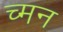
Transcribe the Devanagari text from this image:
च्मन